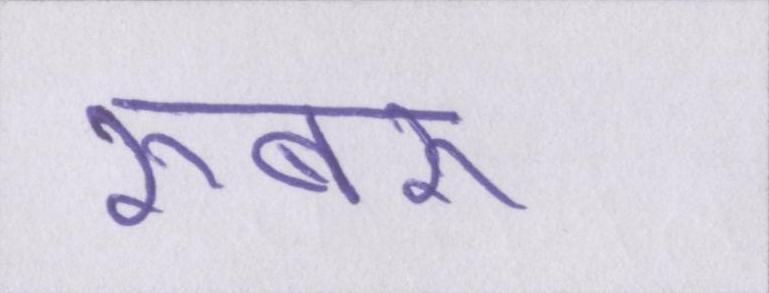
रूबरू